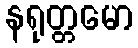
နရုတ္တမော